Source: Handwritten
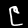
Digit: ၉ (9)